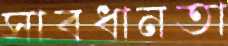
সাবধানতা